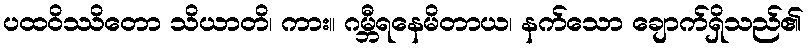
ပထဝိဿိတော သိယာတိ၊ ကား။ ဂမ္ဘီရနေမိတာယ၊ နက်သော ချောက်ရှိသည်၏